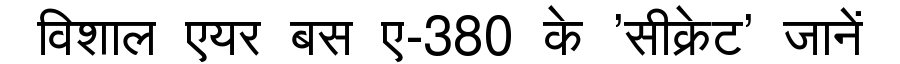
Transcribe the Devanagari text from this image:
विशाल एयर बस ए-380 के 'सीक्रेट' जानें